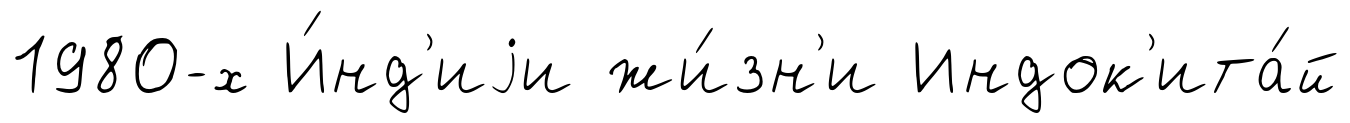
1980-х И́нд'иjи жи́зн'и Индок'ита́й